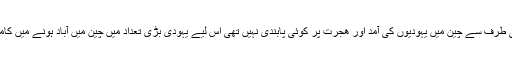
شنگھائی کی طرف سے چین میں یہودیوں کی آمد اور ھجرت پر کوئی پابندی نہیں تھی اس لیے یہودی بڑی تعداد میں چین میں آباد ہونے میں‌ کامیاب ہوگئے۔